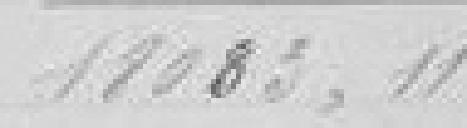
18083,11